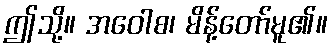
ဤသို့။ အဝေါစ၊ မိန့်တော်မူ၏။